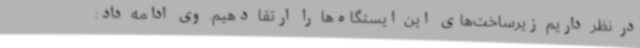
در نظر داریم زیرساخت‌های این ایستگاه‌ها را ارتقا دهیم. وی ادامه داد: